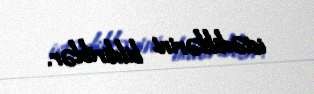
istədiklərini bildiriblər.